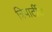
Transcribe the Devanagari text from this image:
त्रिपार्टीय